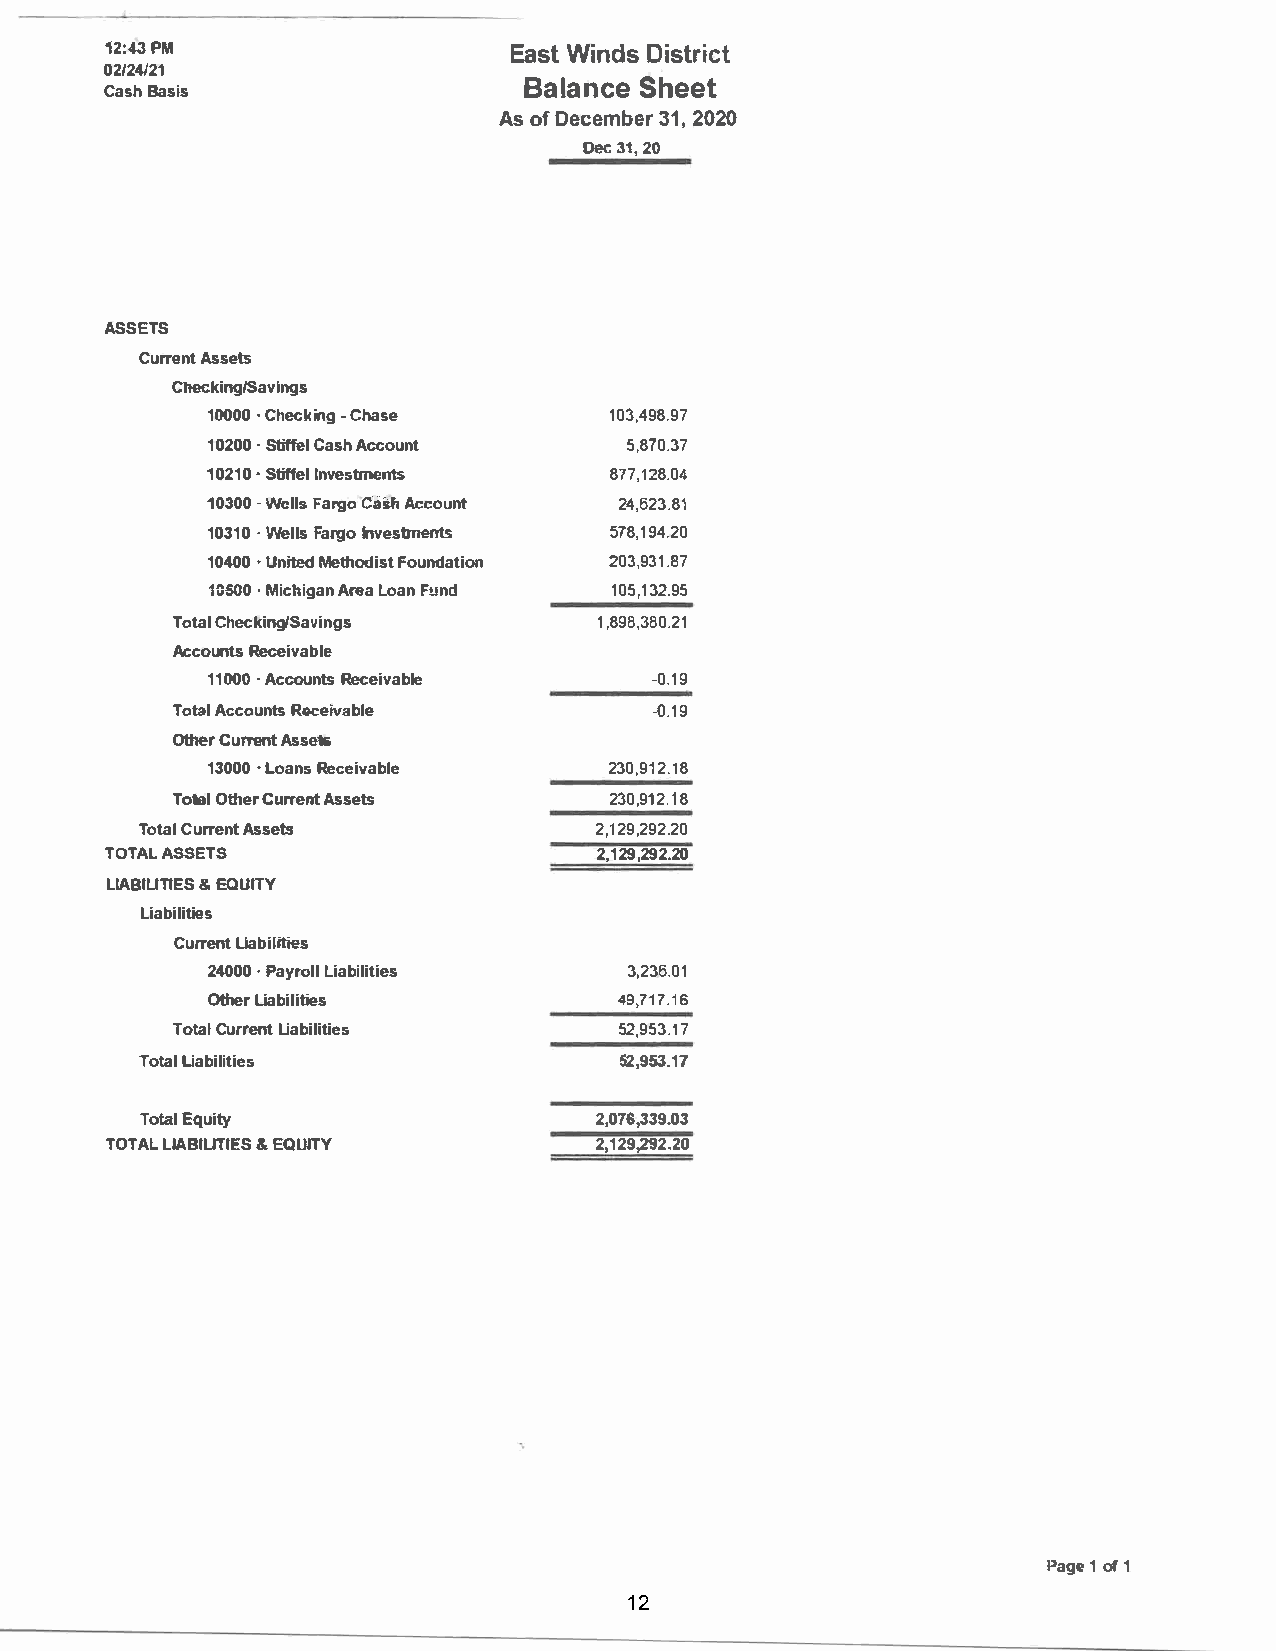
f2:P4M3                    EasWti ndDsi strict
 02/24/21
 BalaSnhceee    t
 CasBha sis
 Aso fD ecem3b1e2,r0 20
 Dec 312,0
 ASSETS
 CurrAesnste ts
 Checking/Savings
 1000·0C heck-inCgh ase     103,498.97
 102·0S 0t iffeCla sAhc count 5,870.37
 102·1S 0t iffIenlv estments 877,128.04
 103·0W 0e lFlasrg Coa sAhc count 24,623.81
 103·1W 0e lFlasrg Ion vestments 578,194.20
 104·0U 0n ited Methodist Foundation 203,931.87
 1050·0M ichiAgniaaLn o aFnu nd 105,132.95
 TotCahlec king/Savings      1,898,380.21
 AccouRnetcse ivable
 1100·0A ccouRnectse ivable   -0.19
 TotAaclc ouRnectesi vable      -0.19
 OtherC urrenAts sets
 130·0L0 o anRse ceivable   230,912.18
 TotaOlth eCru rrAesnste ts   230,912.18
 TotCaulr rAesnste ts           2,129,292.20
 TOTAALS SETS                     2,129,292.20
 LIABIL&I ETQIUEIST Y
 Liabilities
 Currleinatb ilities
 240·0P 0a yroLlila bilities 3,236.01
 otherl iabilities          49,717.16
 TotaClu rrLeinatb ilities    52,953.17
 TotaLli abilities               52,953.17
 TotaElq uity                  2,076,339.03
 TOTALLI ABIL&IE TQIUEIST Y       2,129,292.20
 Pag1eo f1
 12